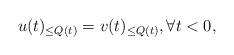
LaTeX: \begin{align*} u(t)_{\leq Q(t)}=v(t)_{\leq Q(t)}, \forall t<0,\end{align*}